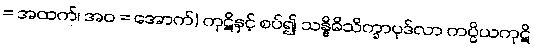
= အထက်၊ အဝ = အောက်) ကုဋိနှင့် စပ်၍ သန္နိဓိသိက္ခာပုဒ်လာ ကပ္ပိယကုဋိ